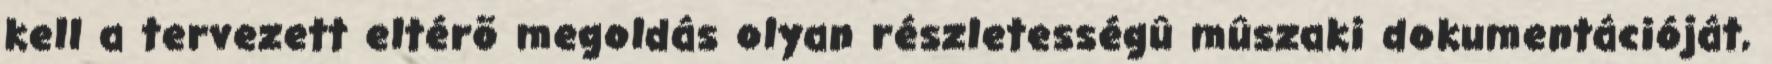
kell a tervezett eltérõ megoldás olyan részletességû mûszaki dokumentációját,